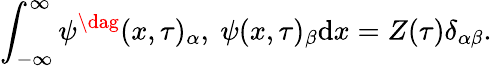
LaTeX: \int_{-\infty}^{\infty}{\psi^{\dag}}(x,\tau)_{\alpha},\ \psi(x,\tau)_{\beta}\mathrm{d}x=Z(\tau)\delta_{\alpha\beta}.